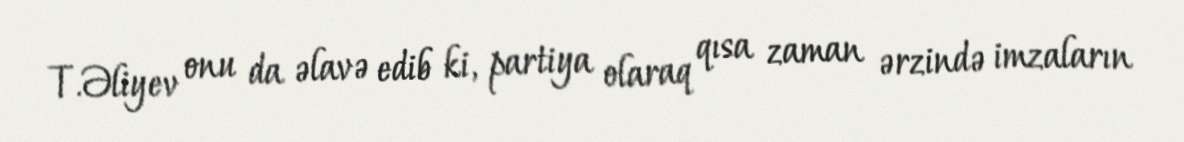
T.Əliyev onu da əlavə edib ki, partiya olaraq qısa zaman ərzində imzaların